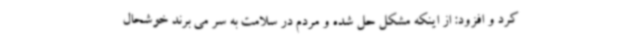
کرد و افزود: از اینکه مشکل حل شده و مردم در سلامت به سر می برند خوشحال